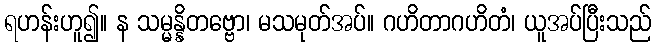
ရဟန်းဟူ၍။ န သမ္မန္နိတဗ္ဗော၊ မသမုတ်အပ်။ ဂဟိတာဂဟိတံ၊ ယူအပ်ပြီးသည်